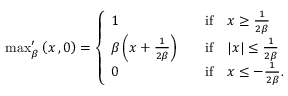
\begin{array} { r } { \operatorname* { m a x } _ { \beta } ^ { \prime } \left( x \, , 0 \right) = \left\{ \begin{array} { l l } { 1 } & { \quad \mathrm { i f } \quad x \ge \frac { 1 } { 2 \beta } } \\ { \beta \left( x + \frac { 1 } { 2 \beta } \right) } & { \quad \mathrm { i f } \quad | x | \le \frac { 1 } { 2 \beta } } \\ { 0 } & { \quad \mathrm { i f } \quad x \le - \frac { 1 } { 2 \beta } . } \end{array} \right. } \end{array}